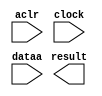
// megafunction wizard: %ALTFP_CONVERT%VBB%
// GENERATION: STANDARD
// VERSION: WM1.0
// MODULE: ALTFP_CONVERT 

// ============================================================
// Megafunction Name(s):
// 			ALTFP_CONVERT
//
// Simulation Library Files(s):
// 			lpm
// ============================================================
// ************************************************************
// THIS IS A WIZARD-GENERATED FILE. DO NOT EDIT THIS FILE!
//
// 15.1.0 Build 185 10/21/2015 SJ Lite Edition
// ************************************************************

//Copyright (C) 1991-2015 Altera Corporation. All rights reserved.
//Your use of Altera Corporation's design tools, logic functions 
//and other software and tools, and its AMPP partner logic 
//functions, and any output files from any of the foregoing 
//(including device programming or simulation files), and any 
//associated documentation or information are expressly subject 
//to the terms and conditions of the Altera Program License 
//Subscription Agreement, the Altera Quartus Prime License Agreement,
//the Altera MegaCore Function License Agreement, or other 
//applicable license agreement, including, without limitation, 
//that your use is for the sole purpose of programming logic 
//devices manufactured by Altera and sold by Altera or its 
//authorized distributors.  Please refer to the applicable 
//agreement for further details.

module fp64int32conv (
	aclr,
	clock,
	dataa,
	result)/* synthesis synthesis_clearbox = 1 */;

	input	  aclr;
	input	  clock;
	input	[63:0]  dataa;
	output	[31:0]  result;

endmodule

// ============================================================
// CNX file retrieval info
// ============================================================
// Retrieval info: LIBRARY: altera_mf altera_mf.altera_mf_components.all
// Retrieval info: PRIVATE: INTENDED_DEVICE_FAMILY STRING "Cyclone IV E"
// Retrieval info: CONSTANT: INTENDED_DEVICE_FAMILY STRING "Cyclone IV E"
// Retrieval info: CONSTANT: LPM_HINT STRING "UNUSED"
// Retrieval info: CONSTANT: LPM_TYPE STRING "altfp_convert"
// Retrieval info: CONSTANT: OPERATION STRING "FLOAT2INT"
// Retrieval info: CONSTANT: ROUNDING STRING "TO_NEAREST"
// Retrieval info: CONSTANT: WIDTH_DATA NUMERIC "64"
// Retrieval info: CONSTANT: WIDTH_EXP_INPUT NUMERIC "11"
// Retrieval info: CONSTANT: WIDTH_EXP_OUTPUT NUMERIC "8"
// Retrieval info: CONSTANT: WIDTH_INT NUMERIC "32"
// Retrieval info: CONSTANT: WIDTH_MAN_INPUT NUMERIC "52"
// Retrieval info: CONSTANT: WIDTH_MAN_OUTPUT NUMERIC "23"
// Retrieval info: CONSTANT: WIDTH_RESULT NUMERIC "32"
// Retrieval info: USED_PORT: aclr 0 0 0 0 INPUT NODEFVAL "aclr"
// Retrieval info: CONNECT: @aclr 0 0 0 0 aclr 0 0 0 0
// Retrieval info: USED_PORT: clock 0 0 0 0 INPUT NODEFVAL "clock"
// Retrieval info: CONNECT: @clock 0 0 0 0 clock 0 0 0 0
// Retrieval info: USED_PORT: dataa 0 0 64 0 INPUT NODEFVAL "dataa[63..0]"
// Retrieval info: CONNECT: @dataa 0 0 64 0 dataa 0 0 64 0
// Retrieval info: USED_PORT: result 0 0 32 0 OUTPUT NODEFVAL "result[31..0]"
// Retrieval info: CONNECT: result 0 0 32 0 @result 0 0 32 0
// Retrieval info: GEN_FILE: TYPE_NORMAL fp64int32conv.v TRUE FALSE
// Retrieval info: GEN_FILE: TYPE_NORMAL fp64int32conv.qip TRUE FALSE
// Retrieval info: GEN_FILE: TYPE_NORMAL fp64int32conv.bsf FALSE TRUE
// Retrieval info: GEN_FILE: TYPE_NORMAL fp64int32conv_inst.v TRUE TRUE
// Retrieval info: GEN_FILE: TYPE_NORMAL fp64int32conv_bb.v TRUE TRUE
// Retrieval info: GEN_FILE: TYPE_NORMAL fp64int32conv.inc FALSE TRUE
// Retrieval info: GEN_FILE: TYPE_NORMAL fp64int32conv.cmp FALSE TRUE
// Retrieval info: LIB_FILE: lpm